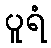
ပူရံ